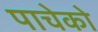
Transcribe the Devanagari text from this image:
पाचेको